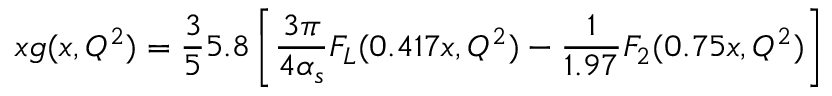
x g ( x , Q ^ { 2 } ) = \frac { 3 } { 5 } 5 . 8 \left[ \frac { 3 \pi } { 4 \alpha _ { s } } F _ { L } ( 0 . 4 1 7 x , Q ^ { 2 } ) - \frac { 1 } { 1 . 9 7 } F _ { 2 } ( 0 . 7 5 x , Q ^ { 2 } ) \right]